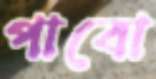
পাবো